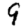
Digit: 9